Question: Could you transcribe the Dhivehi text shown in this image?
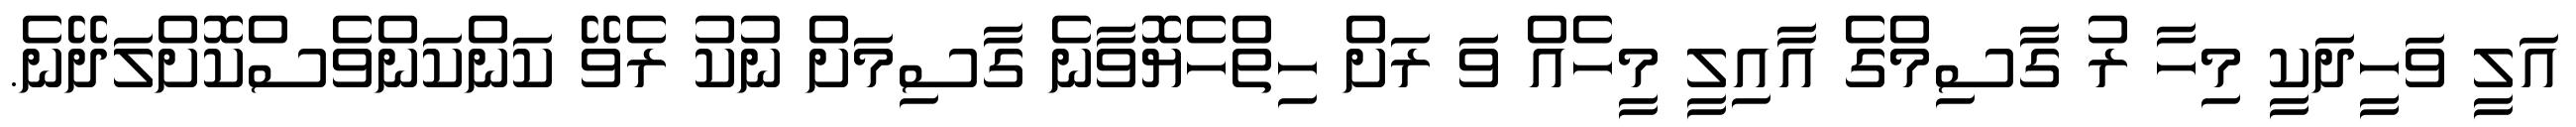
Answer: އަލީ ވަހީދަކީ މިހާ ރު ގާސިމްގެ އާއިލީ މީހެއް ވަ ރަށް ހިތްހެޔޮވާނެ ގާސިމަށް ނުކު ރެވޭ ކަންކަންވެސްކޮށްލަދޭނެ.